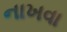
નાખવા